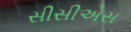
સીસીએસ